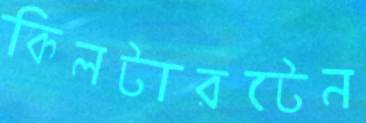
কিলটারটেন